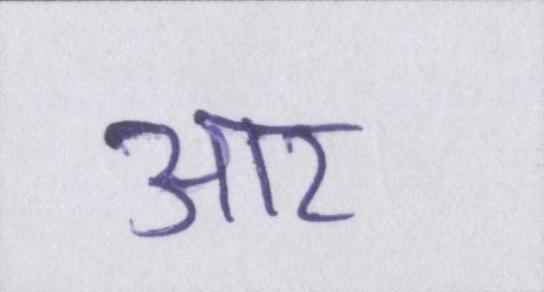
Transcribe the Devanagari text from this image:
आर